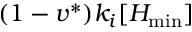
( 1 - v ^ { * } ) k _ { i } [ H _ { \operatorname* { m i n } } ]